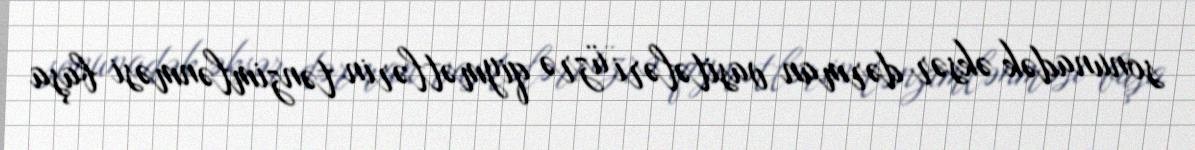
sonunadək əksər dərman vasitələri üzrə qiymətlərin tənzimlənməsi başa